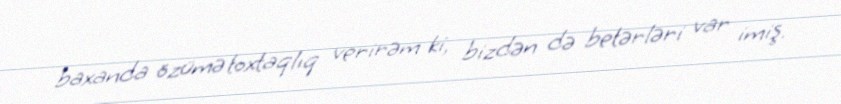
baxanda özümə toxtaqlıq verirəm ki, bizdən də betərləri var imiş.